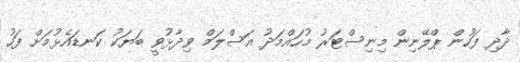
ދާދި ފަހުން ޕްލޭނިން މިނިސްޓަރު މުހައްމަދު އަސްލަމް ވިދާޅުވީ ބަޔަކު ކަނޑައެޅުމަށް ފަހު